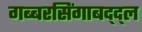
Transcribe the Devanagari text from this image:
गब्बरसिंगाबद्द्ल